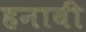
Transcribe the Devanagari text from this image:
हनावी